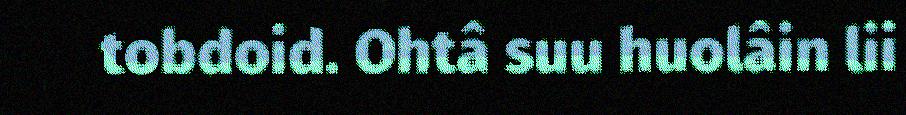
tobdoid. Ohtâ suu huolâin lii